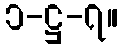
၁-ဋ္ဌ-၇။